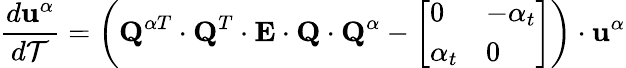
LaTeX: \frac{d\textbf{u}^{\alpha}}{d\mathcal{T}}=\left(\textbf{Q}^{\alpha T}\cdot\textbf{Q}^{T}\cdot\textbf{E}\cdot\textbf{Q}\cdot\textbf{Q}^{\alpha}-\left[\begin{array}{ll}{0}&{-\alpha_{t}}\\ {\alpha_{t}}&{0}\end{array}\right]\right)\cdot\textbf{u}^{\alpha}